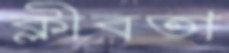
ক্লীবতা